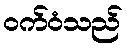
ဝက်ဝံသည်